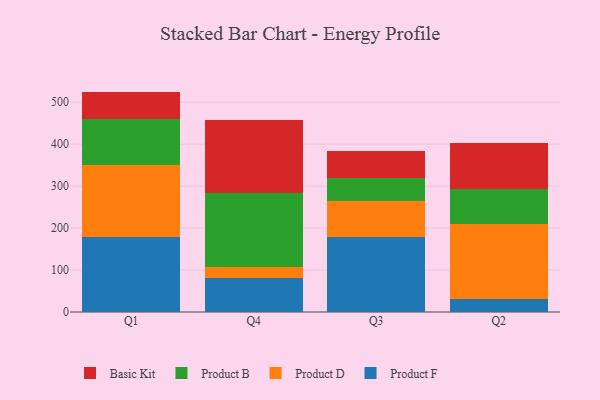
{"axis": {"x": "Quarter", "y": "Customer Acquisition Cost (USD)"}, "legend": ["Basic Kit", "Product B", "Product D", "Product F"], "data": [{"x": "Q1", "y": 178.6, "type": "Product F"}, {"x": "Q1", "y": 171.0, "type": "Product D"}, {"x": "Q1", "y": 110.5, "type": "Product B"}, {"x": "Q1", "y": 65.3, "type": "Basic Kit"}, {"x": "Q4", "y": 81.5, "type": "Product F"}, {"x": "Q4", "y": 24.9, "type": "Product D"}, {"x": "Q4", "y": 177.1, "type": "Product B"}, {"x": "Q4", "y": 173.8, "type": "Basic Kit"}, {"x": "Q3", "y": 179.8, "type": "Product F"}, {"x": "Q3", "y": 84.4, "type": "Product D"}, {"x": "Q3", "y": 55.8, "type": "Product B"}, {"x": "Q3", "y": 64.5, "type": "Basic Kit"}, {"x": "Q2", "y": 31.7, "type": "Product F"}, {"x": "Q2", "y": 177.5, "type": "Product D"}, {"x": "Q2", "y": 83.1, "type": "Product B"}, {"x": "Q2", "y": 111.2, "type": "Basic Kit"}]}